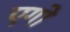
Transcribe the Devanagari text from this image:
एगो